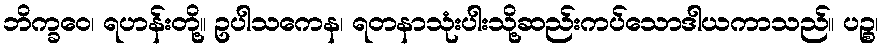
ဘိက္ခဝေ၊ ရဟန်းတို့။ ဥပါသကေန၊ ရတနာသုံးပါးသို့ဆည်းကပ်သောဒါယကာသည်။ ပဉ္စ၊